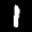
Label: 1